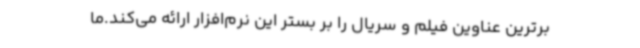
برترین عناوین فیلم و سریال را بر بستر این نرم‌افزار ارائه می‌کند.ما